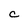
Character: C